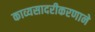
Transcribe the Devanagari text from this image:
काव्यसादरीकरणाने